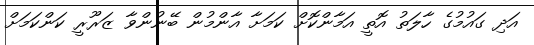
އަދި ގައުމުގެ ހާލަތު އޮތީ އަމާންކޮށް ކަމަށާ އާންމުން ބޭނުންވާ ޒަރޫރީ ކަންކަމަށް